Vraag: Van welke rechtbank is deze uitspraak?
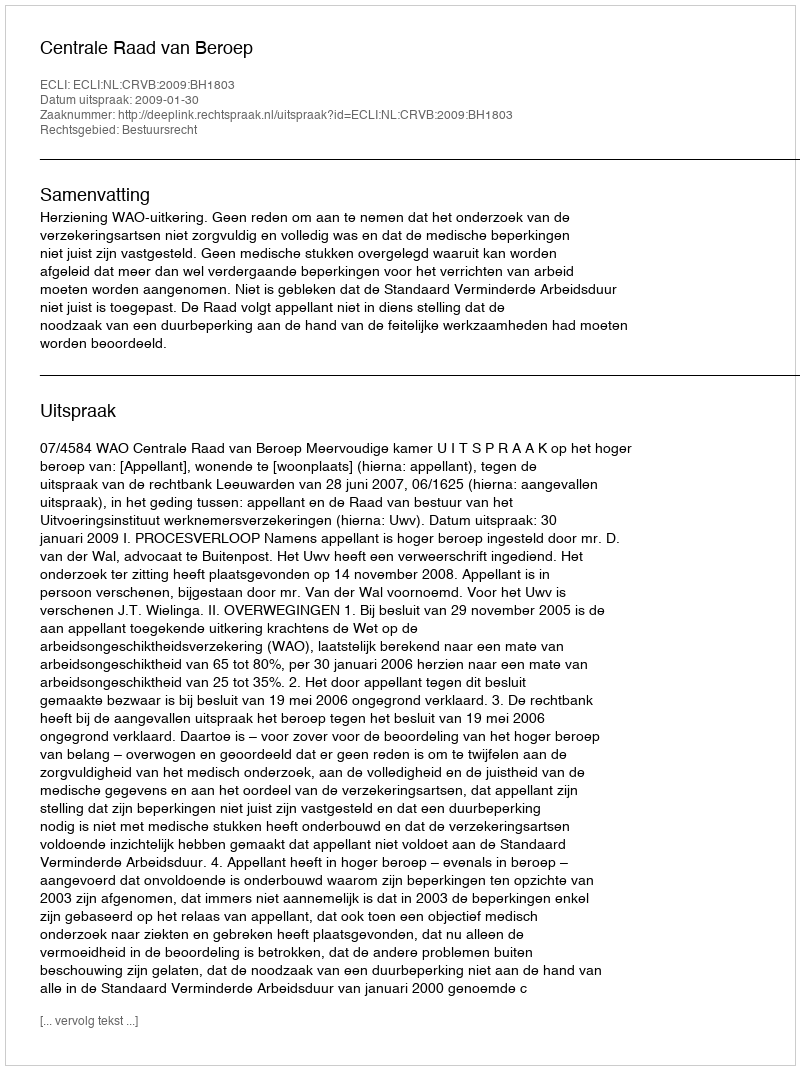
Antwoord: Centrale Raad van Beroep